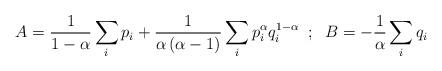
LaTeX: \begin{align*}A=\frac{1}{1-\alpha}\sum_{i} p_{i}+\frac{1}{\alpha\left(\alpha-1\right)}\sum_{i}p^{\alpha}_{i}q^{1-\alpha}_{i}\;\;;\;\;B=-\frac{1}{\alpha}\sum_{i} q_{i}\end{align*}